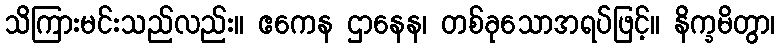
သိကြားမင်းသည်လည်း။ ဧကေန ဌာနေန၊ တစ်ခုသောအရပ်ဖြင့်။ နိက္ခမိတွာ၊